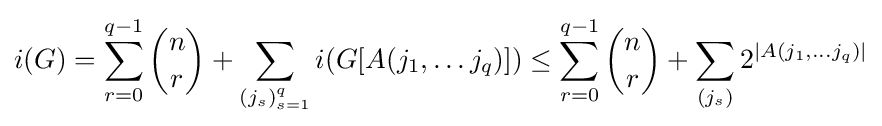
i(G)=\sum _{r=0}^{q-1}{n \choose r}+\sum _{(j_{s})_{s=1}^{q}}i(G[A(j_{1},\ldots j_{q})])\leq \sum _{r=0}^{q-1}{n \choose r}+\sum _{(j_{s})}2^{|A(j_{1},\ldots j_{q})|}